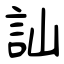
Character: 訕